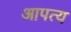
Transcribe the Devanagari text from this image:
आपत्य